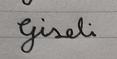
Signature authenticity: forged